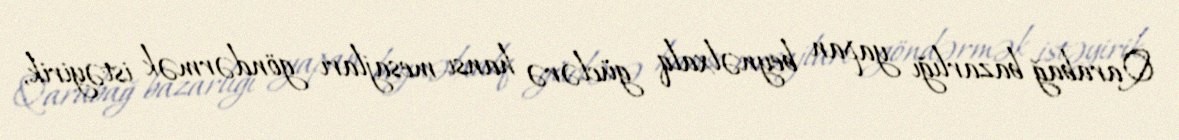
Qarabağ bazarlığı yapan beynəlxalq güclərə hansı mesajları göndərmək istəyirik,